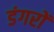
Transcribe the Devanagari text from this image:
डंगरों